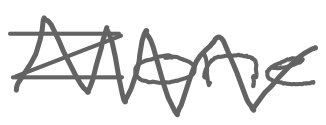
Text: Zone
Cross-out: zig-zag
Writing tool: digital_gray